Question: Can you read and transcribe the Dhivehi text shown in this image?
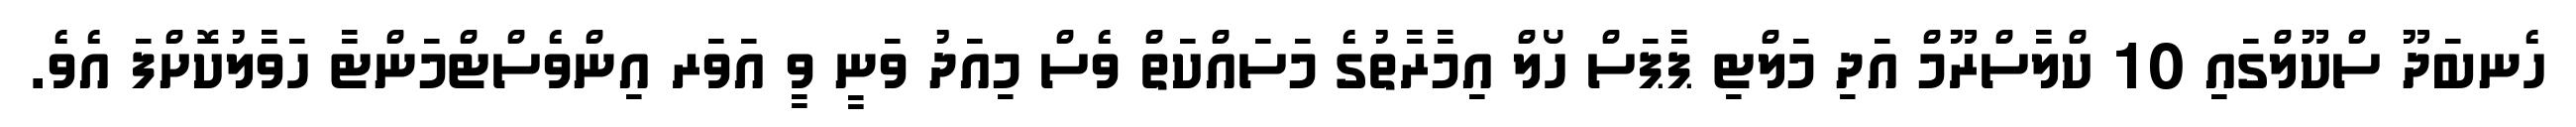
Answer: ހެނބަދޫ ސްކޫލްގައި 10 ކްލާސްރޫމް އަދި މަލްޓި ޕާޕަސް ހޯލް އިމާރާތުގެ މަސައްކަތް ވެސް މިއަދު ވަނީ ވީ އަވަރ އިންވެސްޓްމަންޓާ ހަވާލުކޮށްފަ އެވެ.